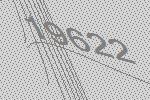
19622